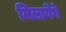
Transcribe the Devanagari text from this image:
मिलायेंगे